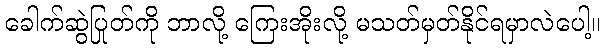
ခေါက်ဆွဲပြုတ်ကို ဘာလို့ ကြေးအိုးလို့ မသတ်မှတ်နိုင်ရမှာလဲပေါ့။